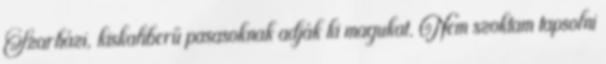
Szarházi, kiskaliberű pasasoknak adják ki magukat. Nem szoktam tapsolni